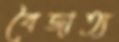
বৈজাত্য